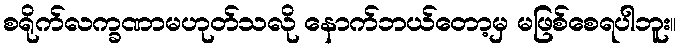
စရိုက်လက္ခဏာမဟုတ်သလို နောက်ဘယ်တော့မှ မဖြစ်စေရပါဘူး။